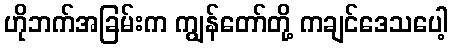
ဟိုဘက်အခြမ်းက ကျွန်တော်တို့ ကချင်ဒေသပေါ့